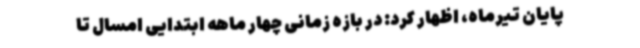
پایان تیرماه، اظهار کرد: در بازه زمانی چهار ماهه ابتدایی امسال تا